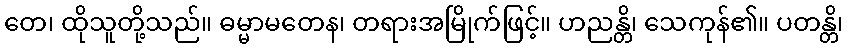
တေ၊ ထိုသူတို့သည်။ ဓမ္မာမတေန၊ တရားအမြိုက်ဖြင့်။ ဟညန္တိ၊ သေကုန်၏။ ပတန္တိ၊